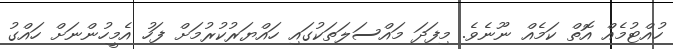
ހުއްޓުމެއް އޮތް ކަމެއް ނޫނެވެ. މިފަދަ މައްސަލަތަކުގައި ހައްޔަރުކުރުމަށް ފަހު އެމީހުންނަށް ހައްގު